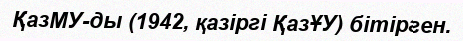
ҚазМУ-ды (1942, қазіргі ҚазҰУ) бітірген.